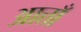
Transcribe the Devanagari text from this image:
आत्ताँ